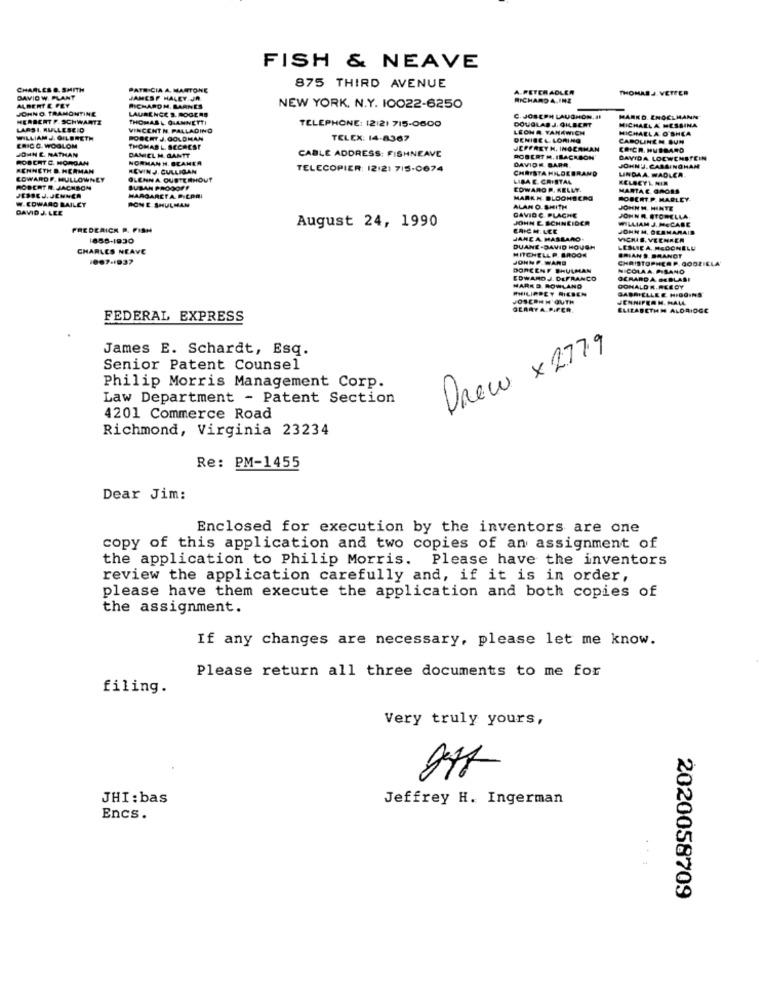
FISH & NEAVE
CHARLES B. SMITH
PATRICIA A. MANTONE
875 THIRD AVENUE
A RETER ADLER
THOMASJ. VETTER
DAVID W. PLANT
JAMESP HALEY.JA
RICHARD A,INZ
ALBERT E PEY
JOHNO TRAMONTINE
LAURENCE S. ROGERS
RICHARDM. BARNES
NEW YORK. N.Y. 10022-6250
HERBERT F. SCHWARTZ
THOMAS L GIANNETTI
TELEPHONE: 12121 715-0600
DOUGLAS J. GILECHT
C. JOSEPH LAUGHON, HI
MARKD. ENGELMANN
LARS I. RULLESEID
VINCENT N. PALLADINO
LEONA YANAWICH
MICHAELA O'SHEA
MICHAELA MESSINA
WILLIAM J. OFLERETH
ROBERT J.GOLDMAN
TELEX: 14-8367
DENISEL LORING
CAROLINE M BUM
ERIC.C. WOGLOM
JOHN E. NATHAN
THOMAS L. BECHEST
JEFFREYH. INGERMAN
COICA. HUBBARD
ROBERT C. MORGAN
NORMAN H. BCAMEA
DANIEL M. GANTT
CABLE ADDRESS: FISHNEAVE
ROBERT M. IBACKBON
DAVIDE BARR
DAVIDA LOCWENSTEIN
KENNETH D. HERMAN
KEVINJ. CULLIGAN
TELECOPIER: 12121 715-0674
CHRISTA HILDEBRAND
LINDAA. WADLER
JOHN !. CASSINOHAM
EDWARDF. MULLOWNEY
OLENNA OUSTERHOUT
LIBA E. CRISTAL
ROBERT R. JACKSON
SUSAN PROOOFF
COWARD P. KELLY.
MARTAE GROSS
JESSEJ. JENNER
MARGARETA. P.CPRI
MARKH. DLOOHBCRO
BOBERT.P. MARLEY.
W.EDWARD BAILEY
DAVID J. LEE
RON E SHULMAN
ALAN O. SHITH
DAVID C PLACHE
JOHN M. HINTE
August 24, 1990
JOHN E SCHNEIDER
JOHN A. STORELLA
WILLIAM J. MECABE
FREDERICK P. FISH
ERICH.LEE
JOHN M. DESMARAIS
1858-1930
JANEA HABLARO
VIGHAS. VECHAER
CHARLES NEAVE
DUANE-DAWID HOUSH
MITCHELLP. BROOK
ESUICA. HEBO
007-1937
JOHNP. WANG
JODZIELA
DARCENE SHULMAN
EDWARDJ. DEFRANCO
PHILIPDLY RIESEN
MARK D. ROWLAND
GEARYA.PIPER.
FEDERAL EXPRESS
James E. Schardt, Esq.
Drew x 277.9
Senior Patent Counsel
Philip Morris Management Corp.
Law Department - Patent Section
4201 Commerce Road
Richmond, Virginia 23234
Re: PM-1455
Dear Jim:
Enclosed for execution by the inventors are one
copy of this application and two copies of an assignment of
the application to Philip Morris. Please have the inventors
review the application carefully and, if it is in order,
please have them execute the application and both copies of
the assignment.
If any changes are necessary, please let me know.
Please return all three documents to me for
filing.
Very truly yours,
JHI: bas
Jeffrey H. Ingerman
Encs.
2020058709